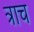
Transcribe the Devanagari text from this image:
त्राच